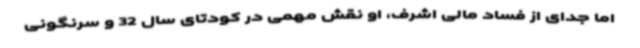
اما جدای از فساد مالی اشرف، او نقش مهمی در کودتای سال 32 و سرنگونی